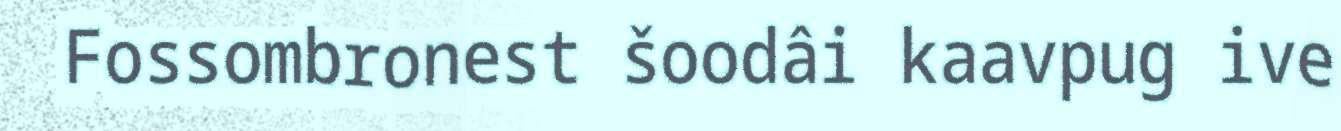
Fossombronest šoodâi kaavpug ive